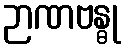
ဉာဏဗန္ဓု